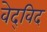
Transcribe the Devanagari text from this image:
वेद्‍विद